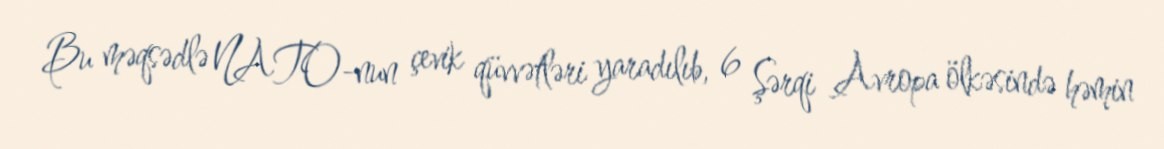
Bu məqsədlə NATO-nun çevik qüvvətləri yaradılıb, 6 Şərqi Avropa ölkəsində həmin